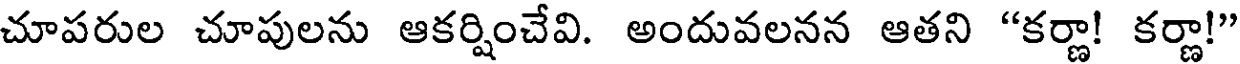
చూపరుల చూపులను ఆకర్షించేవి. అందువలనన ఆతని "కర్ణా! కర్ణా!"